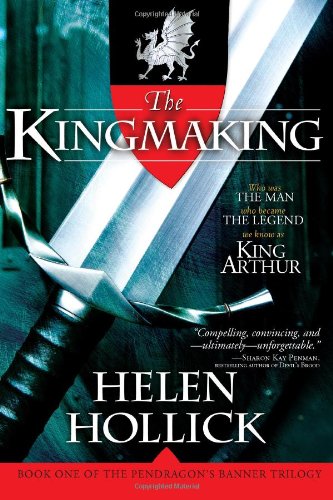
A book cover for The Kingmaking: Book One of the Pendragon's Banner Trilogy; Helen Hollick; Science Fiction & Fantasy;